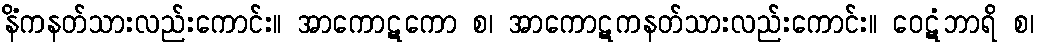
နိံကနတ်သားလည်းကောင်း။ အာကောဋကော စ၊ အာကောဋကနတ်သားလည်းကောင်း။ ဝေဋံဘာရိ စ၊